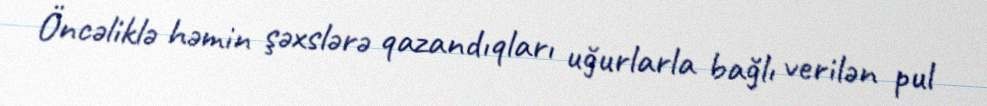
Öncəliklə həmin şəxslərə qazandıqları uğurlarla bağlı verilən pul